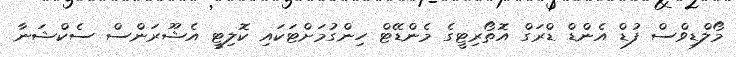
މޯލްޑިވްސް ފުޑް އެންޑް ޑްރަގް އޮތޯރިޓީގެ މެންޑޭޓް ހިންގުމަށްޓަކައި ކޮލިޓީ އެޝޫރަންސް ސެކްޝަނާ